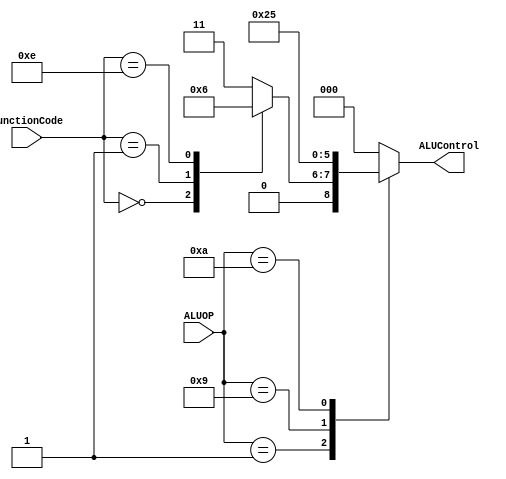
module ALUControlUnit(input [3:0] ALUOP, FunctionCode,
				   output reg [2:0] ALUControl);

always @(*)
begin
	case (ALUOP)
		//A-TYPE
		4'b0001:
		begin
			case (FunctionCode)
				//ADD
				4'b0000: ALUControl = 000;
				//SUB
				4'b0001: ALUControl = 001;
				//MOVE
				4'b1110: ALUControl = 010;
				//SWAP
				4'b1111: ALUControl = 011;
				default ALUControl = 011;
			endcase
		end
		//AND
		4'b1001: ALUControl = 100;
		//OR
		4'b1010: ALUControl = 101;
		//All other cases require adding. Branching not handled here.
		default: ALUControl = 000;
	endcase
end
endmodule